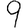
Digit: 9